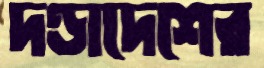
দণ্ডাদেশের